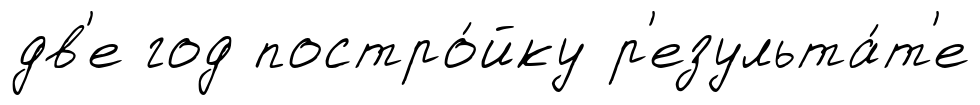
дв'е год постро́йку р'езульта́т'е